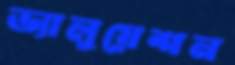
ভ্যালুয়েশন